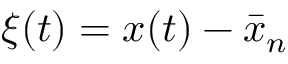
\xi ( t ) = x ( t ) - \bar { x } _ { n }